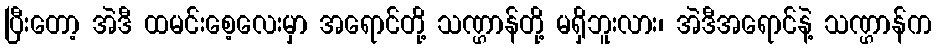
ပြီးတော့ အဲဒီ ထမင်းစေ့လေးမှာ အရောင်တို့ သဏ္ဌာန်တို့ မရှိဘူးလား၊ အဲဒီအရောင်နဲ့ သဏ္ဌာန်က